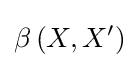
\beta \left(X,X'\right)